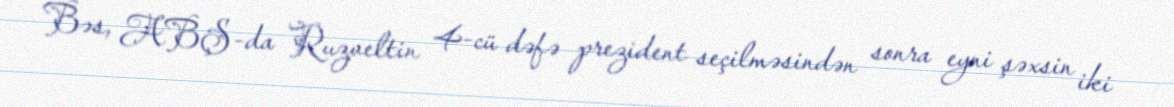
Bəs, ABŞ-da Ruzveltin 4-cü dəfə prezident seçilməsindən sonra eyni şəxsin iki